Black-water fever - Number 35
Disease focus: Fever
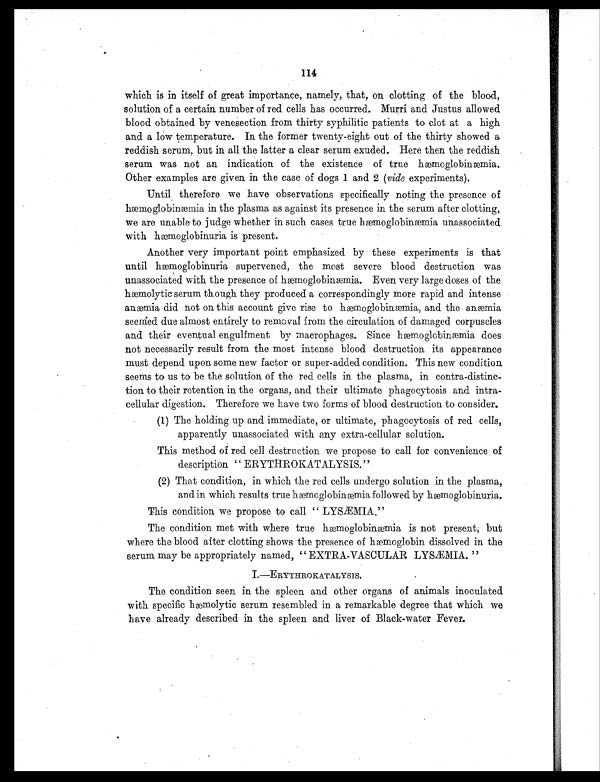
114
which is in itself of great importance, namely, that, on clotting of the blood,
solution of a certain number of red cells has occurred. Murri and Justus allowed
blood obtained by venesection from thirty syphilitic patients to clot at a high
and a low temperature. In the former twenty-eight out of the thirty showed a
reddish serum, but in all the latter a clear serum exuded. Here then the reddish
serum was not an indication of the existence of true hæmoglobinæmia.
Other examples are given in the case of dogs 1 and 2 (vide experiments).
Until therefore we have observations specifically noting the presence of
hæmoglobinæmia in the plasma as against its presence in the serum after clotting,
we are unable to judge whether in such cases true hæmoglobinæmia unassociated
with hæmoglobinuria is present.
Another very important point emphasized by these experiments is that
until hæmoglobinuria supervened, the most severe blood destruction was
unassociated with the presence of hæmoglobinæmia. Even very large doses of the
hæmolytic serum though they produced a correspondingly more rapid and intense
anæmia did not on this account give rise to hæmoglobinæmia, and the anæmia
seemed due almost entirely to removal from the circulation of damaged corpuscles
and their eventual engulfment by macrophages. Since hæmoglobinæmia does
not necessarily result from the most intense blood destruction its appearance
must depend upon some new factor or super-added condition. This new condition
seems to us to be the solution of the red cells in the plasma, in contra-distinc-
tion to their retention in the organs, and their ultimate phagocytosis and intra-
cellular digestion. Therefore we have two forms of blood destruction to consider.
(1) The holding up and immediate, or ultimate, phagocytosis of red cells,
apparently unassociated with any extra-cellular solution.
This method of red cell destruction we propose to call for convenience of
description " ERYTHROKATALYSIS."
(2) That condition, in which the red cells undergo solution in the plasma,
and in which results true hæmoglobinæmia followed by hæmoglobinuria.
This condition we propose to call " LYSÆMIA,"
The condition met with where true hæmoglobinæmia is not present; but
where the blood after clotting shows the presence of hæmoglobin dissolved in the
serum may be appropriately named, " EXTRA-VASCULAR LYSÆMIA. "
I . — E R Y T H R O K A T A L Y S I S .
The condition seen in the spleen and other organs of animals inoculated
with specific hæmolytic serum resembled in a remarkable degree that which we
have already described in the spleen. and liver of Black-water Fever.